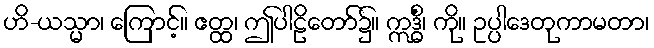
ဟိ-ယသ္မာ၊ ကြောင့်။ ဧတ္ထ၊ ဤပါဠိတော်၌။ ဣဒ္ဓိံ၊ ကို။ ဥပ္ပါဒေတုကာမတာ၊